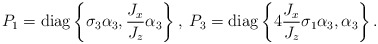
\begin{align*}P_{1}=\mathrm{diag}\left \{ \sigma_{3}\alpha_{3},\frac{J_{x}}{J_{z}}\alpha_{3}\right \} ,\;P_{3}=\mathrm{diag}\left \{ 4\frac{J_{x}}{J_{z}}\sigma_{1}\alpha_{3},\alpha_{3}\right \} .\end{align*}